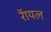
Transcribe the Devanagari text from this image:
रॅायल